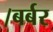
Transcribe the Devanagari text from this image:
।बर्बर